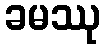
ခမဿု